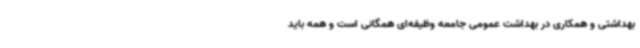
بهداشتی و همکاری در بهداشت عمومی جامعه وظیفه‌ای همگانی است و همه باید